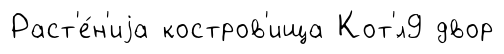
Раст'е́н'иjа костров'ища Кот'́л9 двор